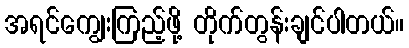
အရင်ကျွေးကြည့်ဖို့ တိုက်တွန်းချင်ပါတယ်။